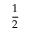
\frac { 1 } { 2 }